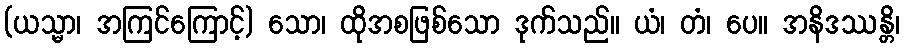
(ယသ္မာ၊ အကြင်ကြောင့်) သော၊ ထိုအစဖြစ်သော ဒုက်သည်။ ယံ၊ တံ၊ ပေ။ အနိဒဿန္တိ၊